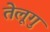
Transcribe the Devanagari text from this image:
तेलूगु